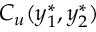
C _ { u } ( y _ { 1 } ^ { * } , y _ { 2 } ^ { * } )